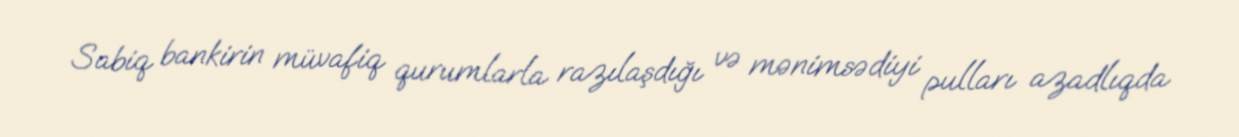
Sabiq bankirin müvafiq qurumlarla razılaşdığı və mənimsədiyi pulları azadlıqda